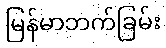
မြန်မာဘက်ခြမ်း